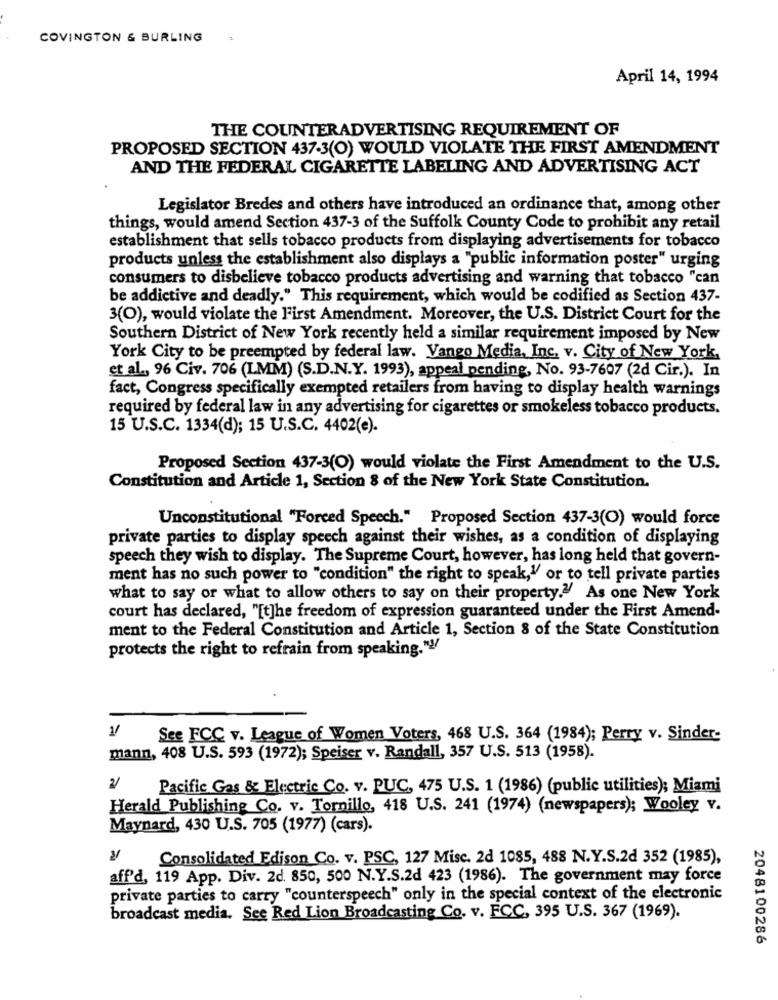
COVINGTON & BURLING
April 14, 1994
THE COUNTERADVERTISING REQUIREMENT OF
PROPOSED SECTION 437-3(0) WOULD VIOLATE THE FIRST AMENDMENT
AND THE FEDERAL CIGARETTE LABELING AND ADVERTISING ACT
Legislator Bredes and others have introduced an ordinance that, among other
things, would amend Section 437-3 of the Suffolk County Code to prohibit any retail
establishment that sells tobacco products from displaying advertisements for tobacco
products unless the establishment also displays a "public information poster" urging
consumers to disbelieve tobacco products advertising and warning that tobacco "can
be addictive and deadly." This requirement, which would be codified as Section 437-
3(0), would violate the First Amendment. Moreover, the U.S. District Court for the
Southern District of New York recently held a similar requirement imposed by New
York City to be preempted by federal law. Vango Media, Inc. v. City of New York,
et al ., 96 Civ. 706 (LMM) (S.D.N.Y. 1993), appeal pending, No. 93-7607 (2d Cir.). In
fact, Congress specifically exempted retailers from having to display health warnings
required by federal law in any advertising for cigarettes or smokeless tobacco products.
15 U.S.C. 1334(d); 15 U.S.C. 4402(e).
Proposed Section 437-3(0) would violate the First Amendment to the U.S.
Constitution and Article 1, Section 8 of the New York State Constitution.
Unconstitutional "Forced Speech." Proposed Section 437-3(O) would force
private parties to display speech against their wishes, as a condition of displaying
speech they wish to display. The Supreme Court, however, has long held that govern-
ment has no such power to "condition" the right to speak,1 or to tell private parties
what to say or what to allow others to say on their property .? As one New York
court has declared, "[t]he freedom of expression guaranteed under the First Amend-
ment to the Federal Constitution and Article 1, Section 8 of the State Constitution
protects the right to refrain from speaking." !!
V/
See FCC v. League of Women Voters, 468 U.S. 364 (1984); Perry v. Sinder-
mann, 408 U.S. 593 (1972); Speiser v. Randall, 357 U.S. 513 (1958).
2/
Pacific Gas & Electric Co. v. PUC, 475 U.S. 1 (1986) (public utilities); Miami
Herald Publishing Co. v. Tornillo, 418 U.S. 241 (1974) (newspapers); Wooley v.
Maynard, 430 U.S. 705 (1977) (cars).
Consolidated Edison Co. v. PSC, 127 Misc. 2d 1085, 488 N.Y.S.2d 352 (1985),
aff'd, 119 App. Div. 2d. 850, 500 N.Y.S.2d 423 (1986). The government may force
private parties to carry "counterspeech" only in the special context of the electronic
broadcast media. See Red Lion Broadcasting Co. v. FCC, 395 U.S. 367 (1969).
2048100286